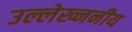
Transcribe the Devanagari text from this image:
उल्लेख्ननीय